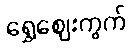
ရွှေဈေးကွက်